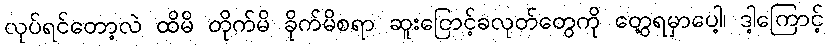
လုပ်ရင်တော့လဲ ထိမိ တိုက်မိ ခိုက်မိစရာ ဆူးငြောင့်ခလုတ်တွေကို တွေ့ရမှာပေါ့၊ ဒါ့ကြောင့်